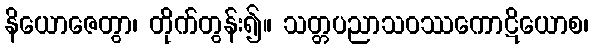
နိယောဇေတွာ၊ တိုက်တွန်း၍။ သတ္တပညာသဝဿကောဋိယောစ၊